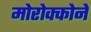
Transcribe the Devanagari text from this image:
मोरोक्कोने